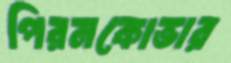
পিরনকোভার